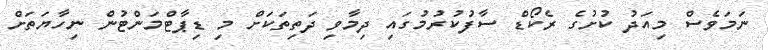
ނަމަވެސް މިއަދު ކުށުގެ ރެކޯޑް ސާފުކުރުމުގައި ދިމާވި ދަތިތަކަށް މި ޑިޕާޓްމަންޓުން ނިހާޔަތަށް